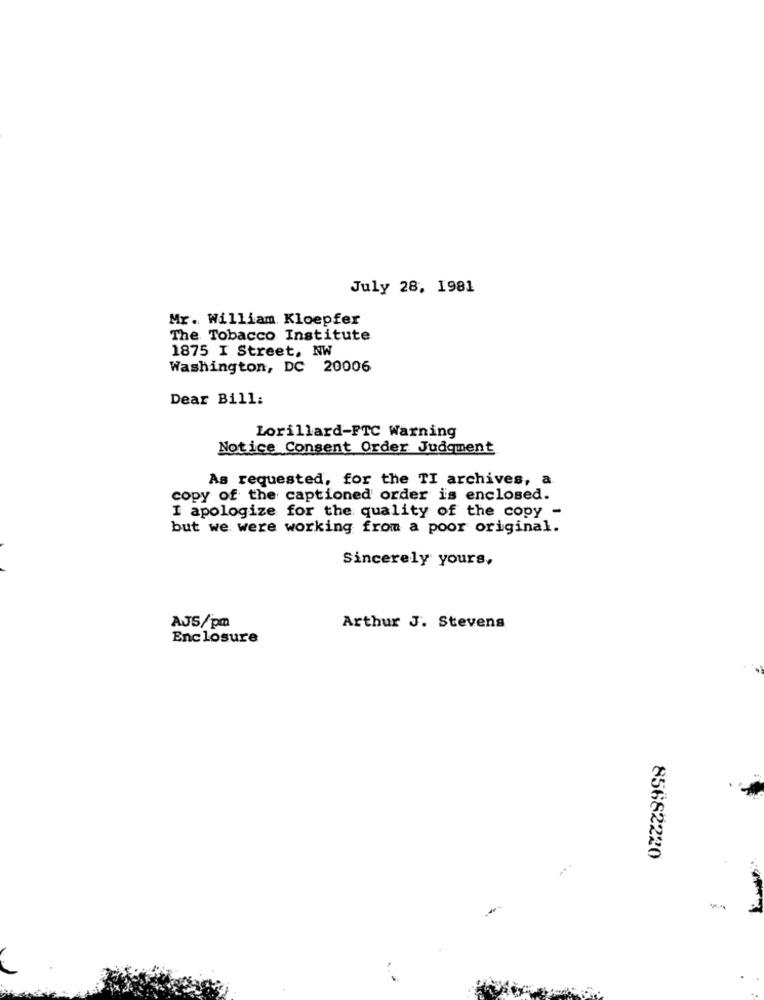
July 28, 1981
Mr. William Kloepfer
The Tobacco Institute
1875 I Street, NW
Washington, DC 20006
Dear Bill:
Lorillard-FTC Warning
Notice Consent Order Judgment
As requested, for the TI archives, a
copy of the captioned order is enclosed.
I apologize for the quality of the copy -
but we were working from a poor original.
Sincerely yours,
AJS/pm
Arthur J. Stevens
Enclosure
...
85682220